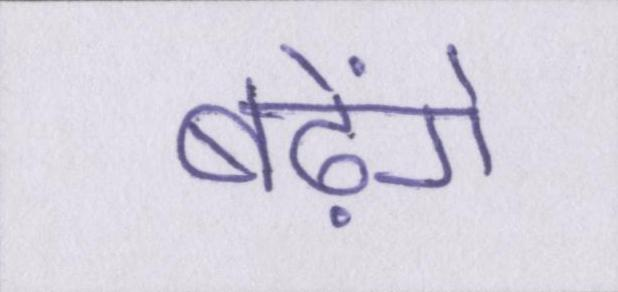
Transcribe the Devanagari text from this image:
बढ़ेंगे